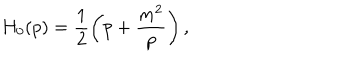
LaTeX: H _ { 0 } ( p ) = \frac 1 2 \left( p + \frac { m ^ { 2 } } { p } \right) ,